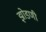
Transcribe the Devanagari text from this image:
झोडणी